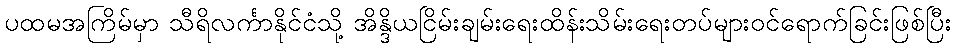
ပထမအကြိမ်မှာ သီရိလင်္ကာနိုင်ငံသို့ အိန္ဒိယငြိမ်းချမ်းရေးထိန်းသိမ်းရေးတပ်များဝင်ရောက်ခြင်းဖြစ်ပြီး